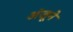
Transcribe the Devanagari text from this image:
अंजूने